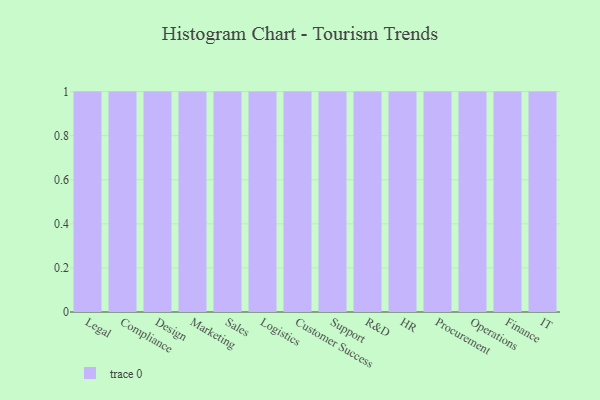
{"axis": {"x": "Department", "y": "Bounce Rate (%)"}, "legend": [""], "data": [{"x": "Legal", "y": 14, "type": ""}, {"x": "Compliance", "y": 59, "type": ""}, {"x": "Design", "y": 5, "type": ""}, {"x": "Marketing", "y": 35, "type": ""}, {"x": "Sales", "y": 98, "type": ""}, {"x": "Logistics", "y": 72, "type": ""}, {"x": "Customer Success", "y": 14, "type": ""}, {"x": "Support", "y": 96, "type": ""}, {"x": "R&D", "y": 82, "type": ""}, {"x": "HR", "y": 9, "type": ""}, {"x": "Procurement", "y": 28, "type": ""}, {"x": "Operations", "y": 30, "type": ""}, {"x": "Finance", "y": 78, "type": ""}, {"x": "IT", "y": 49, "type": ""}]}